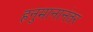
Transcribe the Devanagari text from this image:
हनुमानानंतर